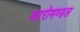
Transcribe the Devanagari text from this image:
कारोमण्डल